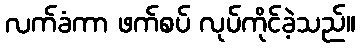
လက်ခံကာ ဖက်စပ် လုပ်ကိုင်ခဲ့သည်။